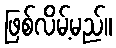
ဖြစ်လိမ့်မည်။